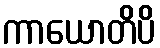
ကာယောတိပိ